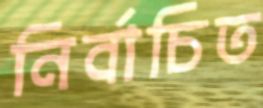
নির্বাচিত